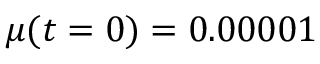
\mu ( t = 0 ) = 0 . 0 0 0 0 1